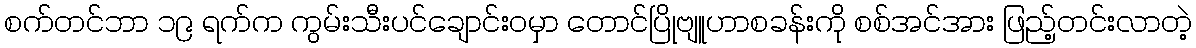
စက်တင်ဘာ ၁၉ ရက်က ကွမ်းသီးပင်ချောင်းဝမှာ တောင်ပြိုဗျူဟာစခန်းကို စစ်အင်အား ဖြည့်တင်းလာတဲ့